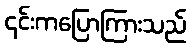
၎င်းကပြောကြားသည်